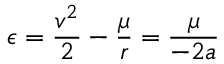
\epsilon = { \frac { v ^ { 2 } } { 2 } } - { \frac { \mu } { r } } = { \frac { \mu } { - 2 a } }